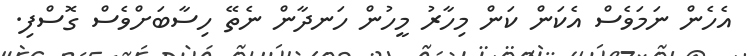
އެހެން ނަމަވެސް އެކަން ކަން މިހާރު މީހުން ހަނދާން ނެތޭ ހިސާބަށްވެސް ގޮސްފި.